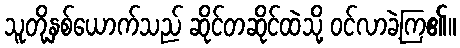
သူတို့နှစ်ယောက်သည် ဆိုင်တဆိုင်ထဲသို့ ဝင်လာခဲ့ကြ၏။